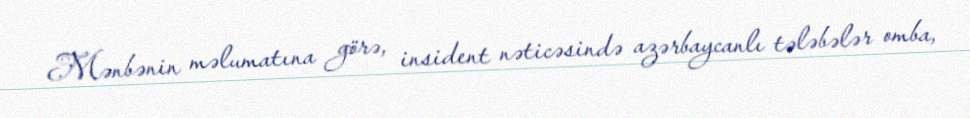
Mənbənin məlumatına görə, insident nəticəsində azərbaycanlı tələbələr omba,